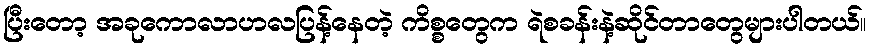
ပြီးတော့ အခုကောလာဟလပြန့်နေတဲ့ ကိစ္စတွေက ရဲစခန်းနဲ့ဆိုင်တာတွေများပါတယ်။